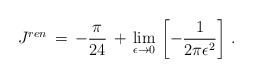
\begin{align*}J^{ren}\,=\,-\frac{\pi}{24}\,+\,\lim_{\epsilon\to 0}\,\left[-\frac{1}{2\pi\epsilon^2}\right]\,{.}\end{align*}